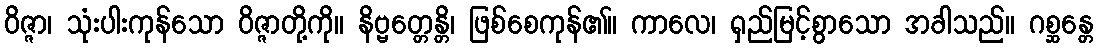
ဝိဇ္ဇာ၊ သုံးပါးကုန်သော ဝိဇ္ဇာတို့ကို။ နိဗ္ဗတ္တေန္တိ၊ ဖြစ်စေကုန်၏။ ကာလေ၊ ရှည်မြင့်စွာသော အခါသည်။ ဂစ္ဆန္တေ